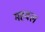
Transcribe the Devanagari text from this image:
महवल